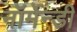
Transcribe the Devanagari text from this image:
नॉर्मेन्डी